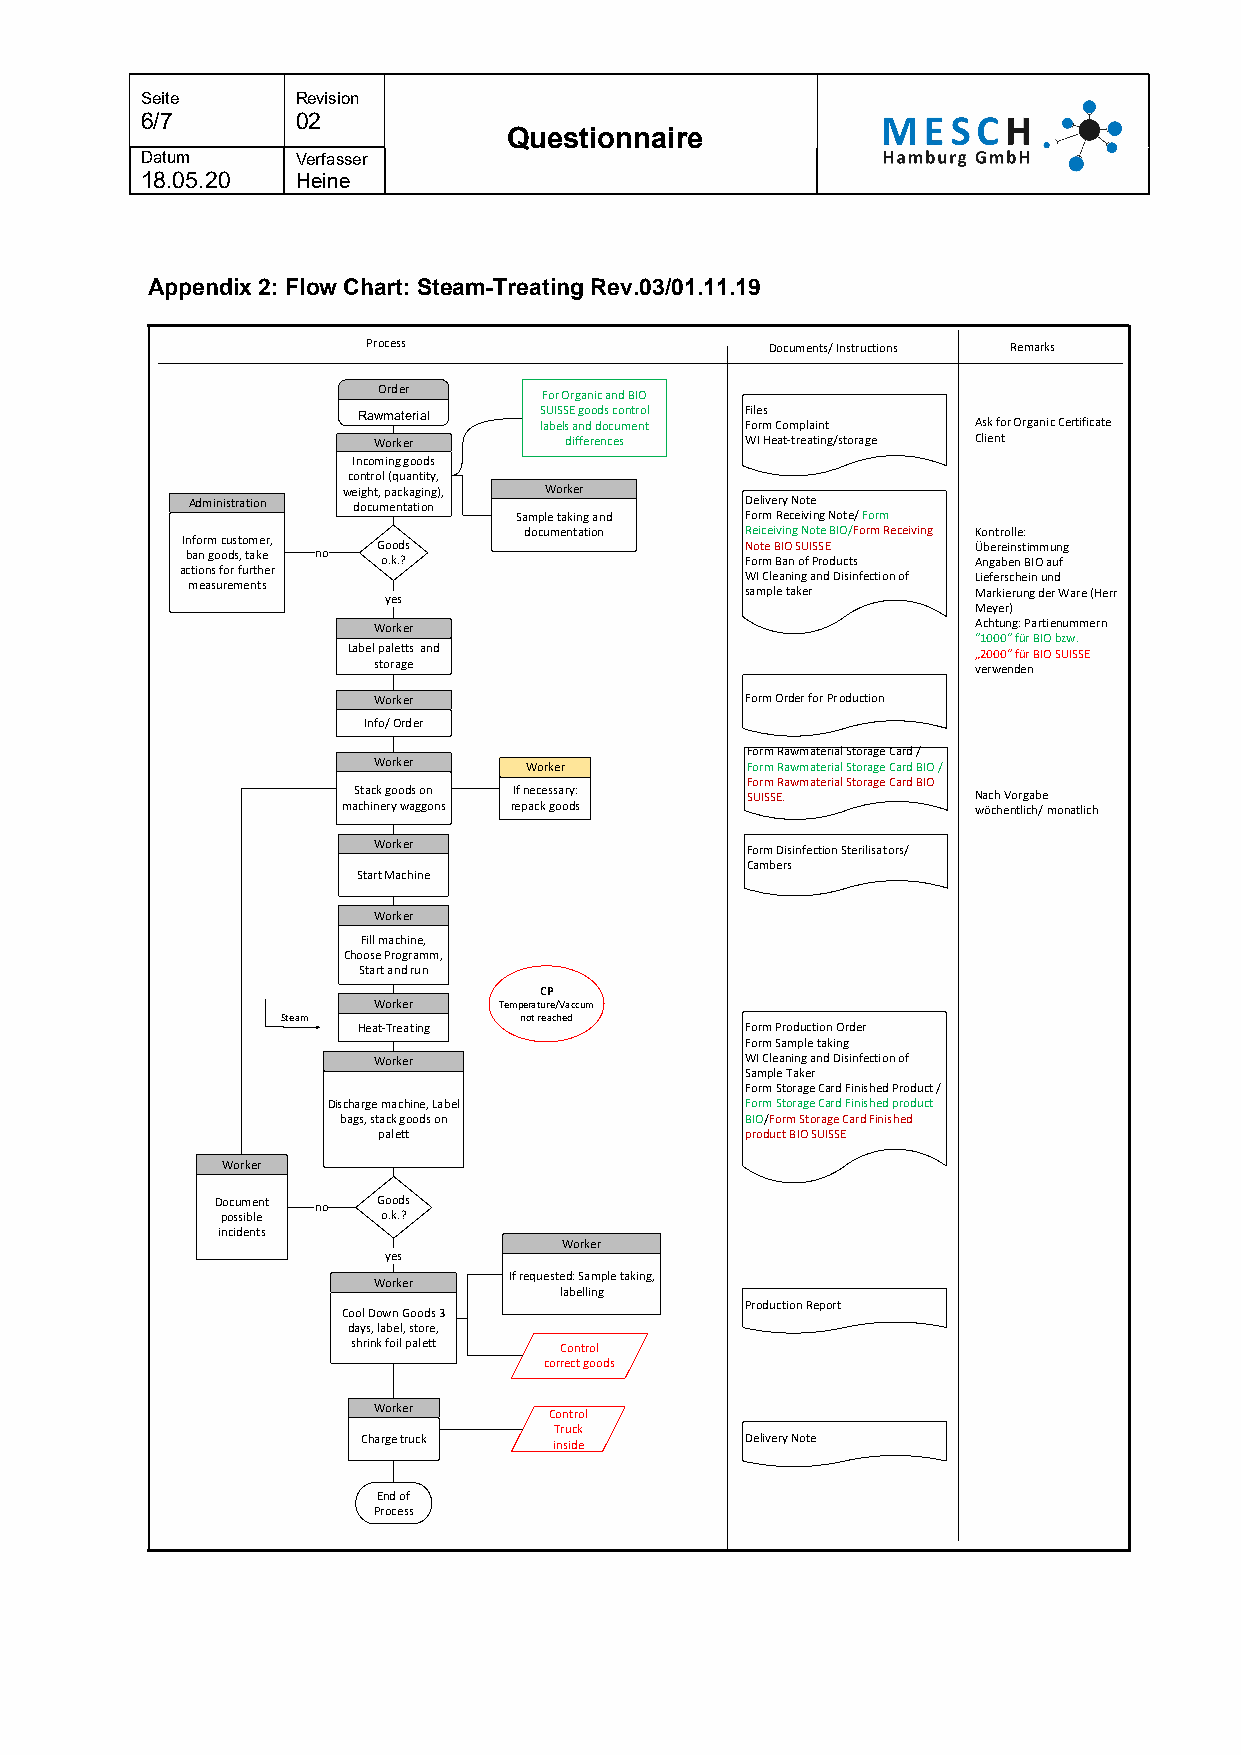
Seite      Revision
 6/7        02
 Questionnaire
 Datum      Verfasser
 18.05.20   Heine
 Appendix 2: Flow Chart: Steam-Treating Rev.03/01.11.19
 Process                    Documents/ Instructions Remarks
 Order      For Organic and BIO
 Rawmaterial SUISSE goods control Files
 labels and document Form Complaint Ask for Organic Certificate
 Worker      differences WI Heat-treating/storage Client
 Incoming goods
 control (quantity,
 weight, packaging), Worker
 Administration documentation         Delivery Note
 Sample taking and Form Receiving Note/ Form
 documentation Reiceiving Note BIO/Form Receiving Kontrolle:
 In bf ao nr m go c ou ds st ,o tm ake er , no G oo .ko .d ?s N Foo rt me B BI aO n S oU f I PSS roE ducts Ü Anb ge are bi en ns t Bim IOm au un f g
 actions for further                  WI Cleaning and Disinfection of Lieferschein und
 measurements                         sample taker    Markierung der Ware (Herr
 yes
 Meyer)
 Worker                                  Achtung: Partienummern
 “1000“ für BIO bzw.
 Label paletts and                         „2000“ für BIO SUISSE
 storage                                 verwenden
 Worker                  Form Order for Production
 Info/ Order
 Form Rawmaterial Storage Card /
 Worker    Worker        Form Rawmaterial Storage Card BIO /
 Form Rawmaterial Storage Card BIO
 Stack goods on If necessary: SUISSE.      Nach Vorgabe
 machinery waggons repack goods            wöchentlich/ monatlich
 Worker                  Form Disinfection Sterilisators/
 Cambers
 Start Machine
 Worker
 Fill machine,
 Choose Programm,
 Start and run
 CP
 Worker  Temperature/Vaccum
 Steam          not reached
 Heat-Treating            Form Production Order
 Form Sample taking
 Worker                  WI Cleaning and Disinfection of
 Sample Taker
 Form Storage Card Finished Product /
 Discharge machine, Label   Form Storage Card Finished product
 bags, stack goods on       BIO/Form Storage Card Finished
 palett                  product BIO SUISSE
 Worker
 Document no Goods
 possible  o.k.?
 incidents
 Worker
 yes
 If requested: Sample taking,
 Worker
 labelling
 Production Report
 Cool Down Goods 3
 days, label, store,
 shrink foil palett Control
 correct goods
 Worker     Control
 Truck
 Charge truck inside      Delivery Note
 End of
 Process